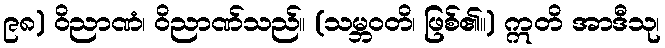
၉၈) ဝိညာဏံ၊ ဝိညာဏ်သည်။ (သမ္ဘဝတိ၊ ဖြစ်၏။) ဣတိ အာဒီသု၊